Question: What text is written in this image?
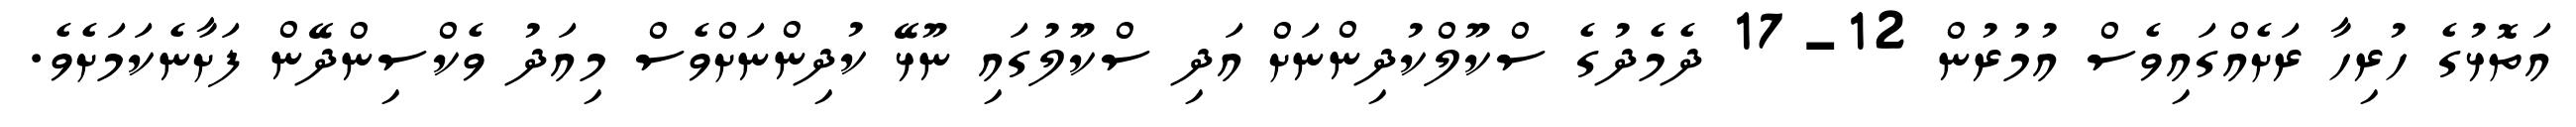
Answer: އަތޮޅުގެ ހުރިހާ ރަށެއްގައިވެސް އުމުރުން 12-17 ދެމެދުގެ ސްކޫލްކުދިންނަށް އަދި ސްކޫލުގައި ނޫޅޭ ކުދިންނަށްވެސް މިއަދު ވެކްސިންދޭން ފަށާނެކަމަށެވެ.